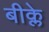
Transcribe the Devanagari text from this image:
बीक्ले